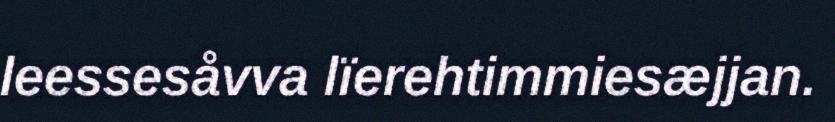
leessesåvva lïerehtimmiesæjjan.